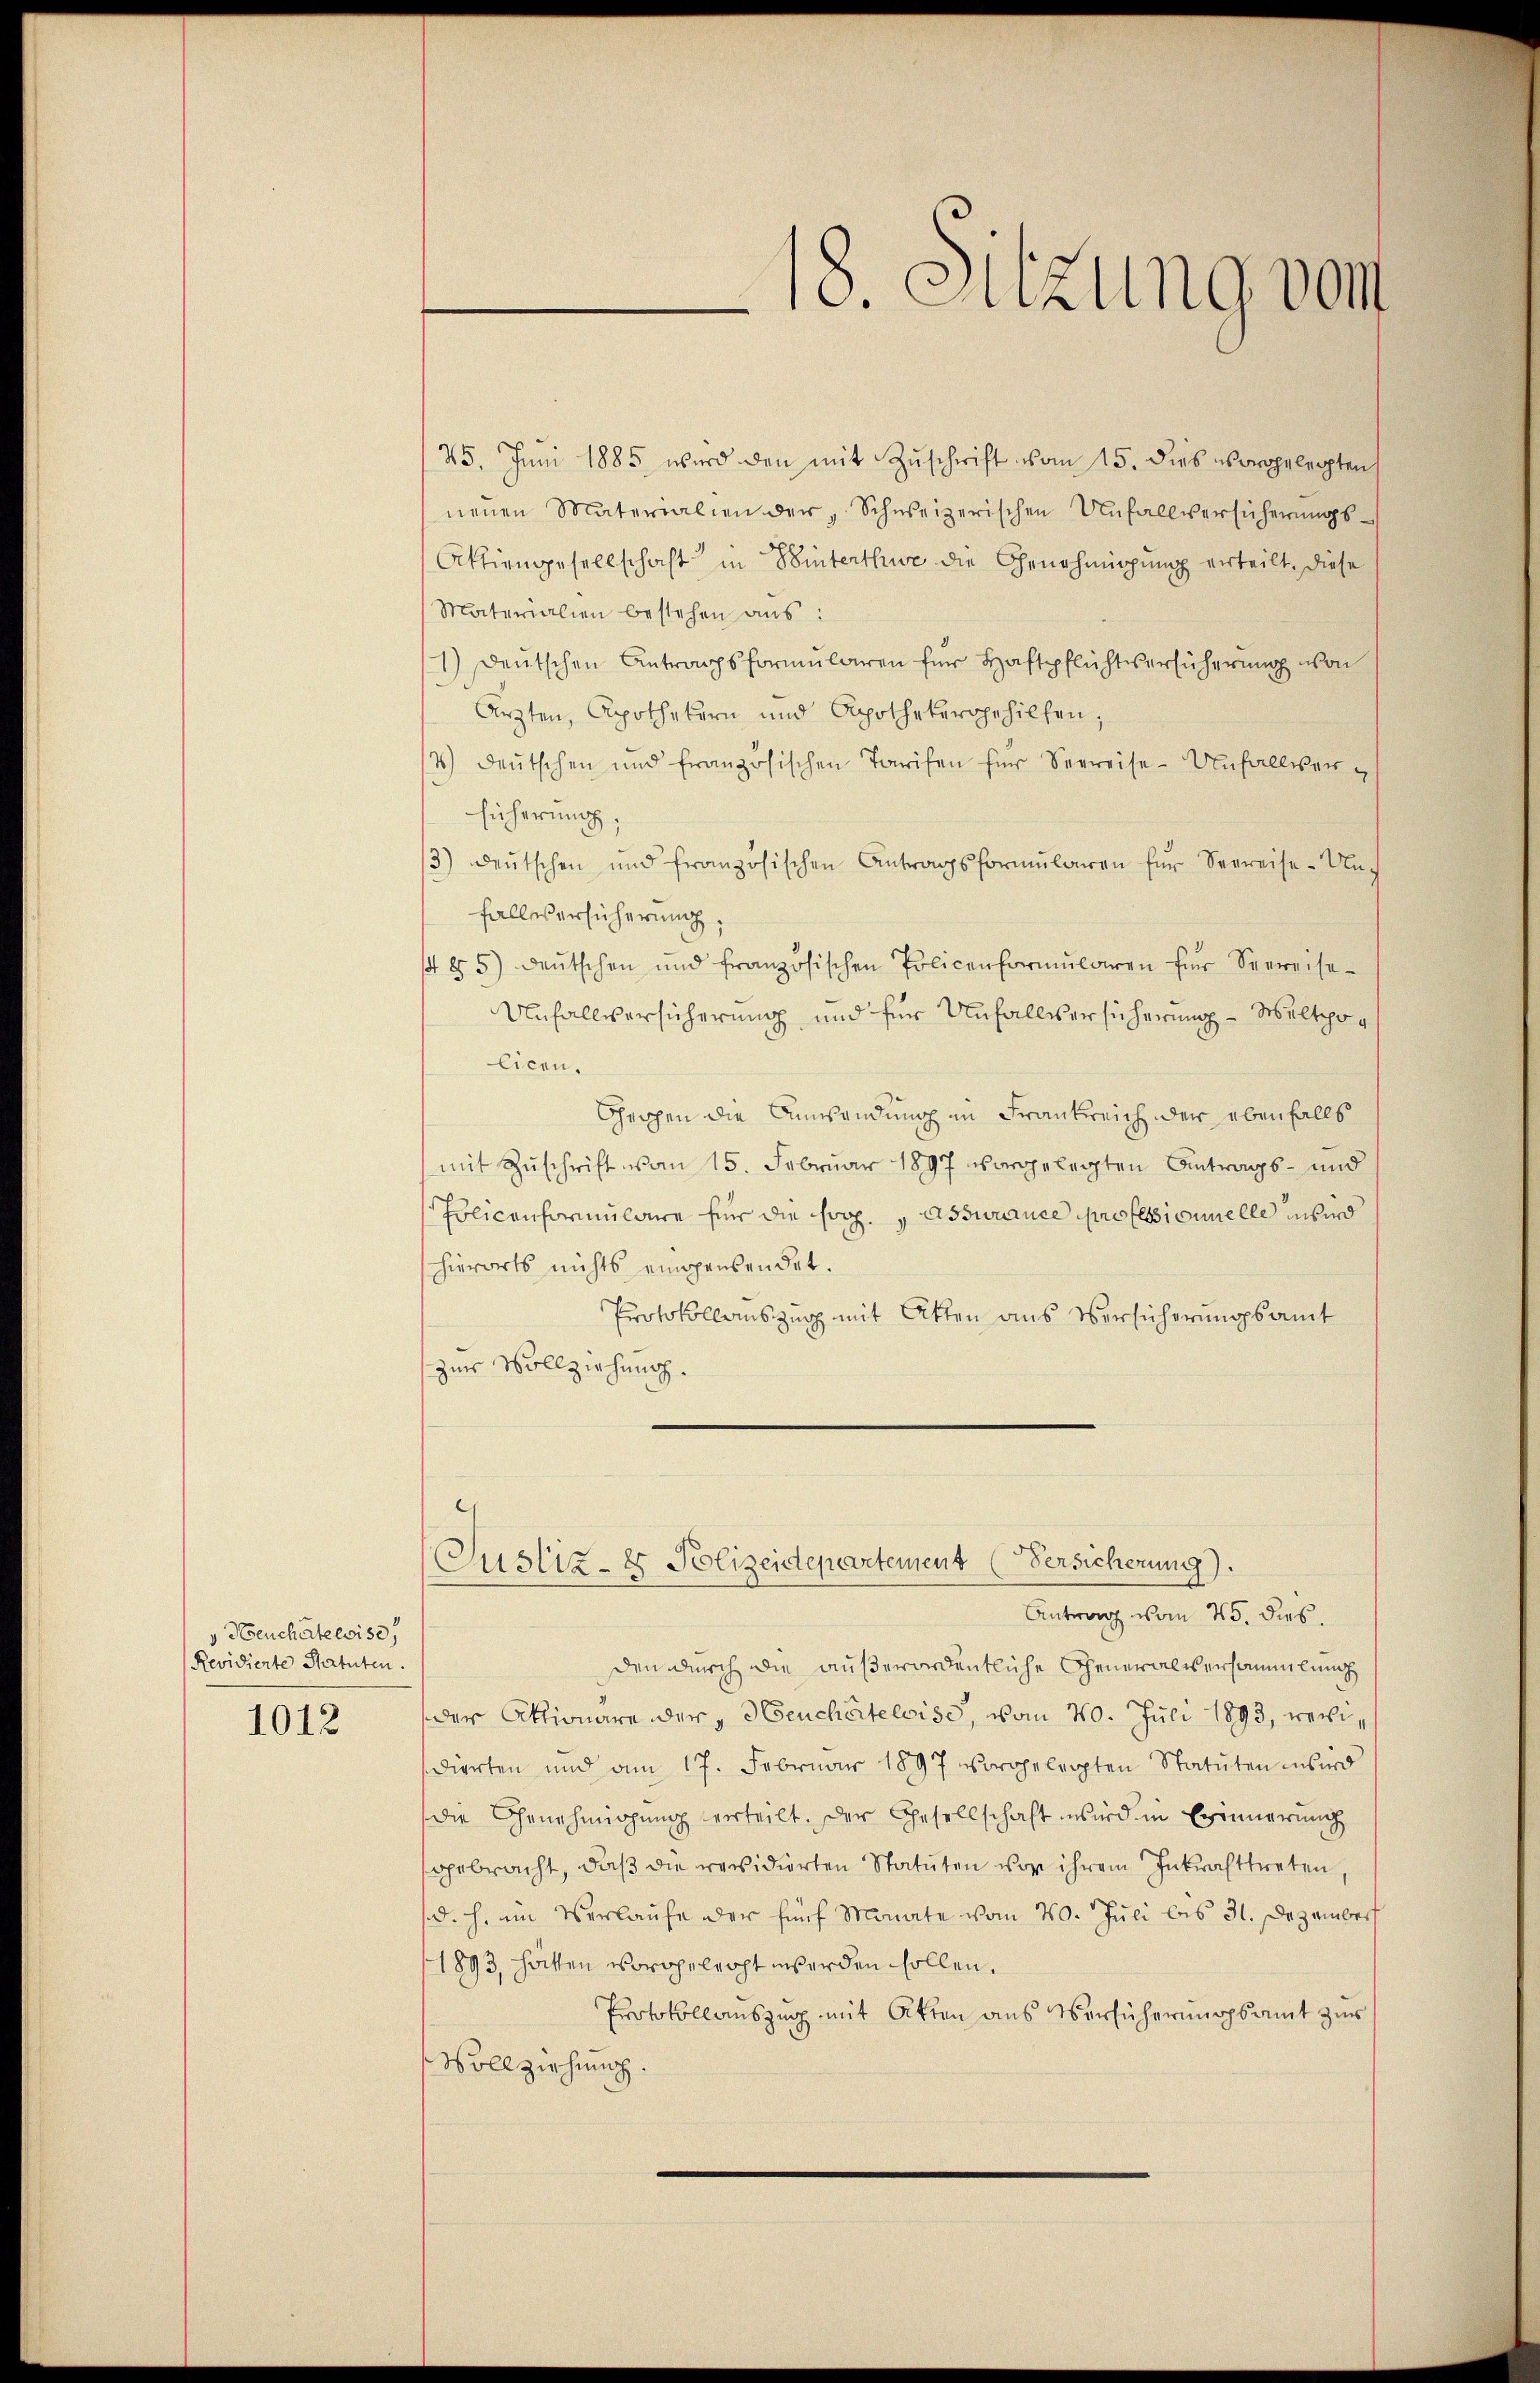
v Neuchâteloise,
Revidierte Statuten.

1012

18. Sitzung von

25. Jŭni 1885 wird den mit Zŭschrift vom 15. dies vorgelegten
nenen Materialien der "Schweizerischen Unfallversicherŭngs-
Aktiengesellschaft in Winterthur die Genehmigung erteilt, diese
Materialien bestehen aus:
1) Deutschen Antragsformularen für Haftpflichtversicherung von
Ärzten, Apothekern und Apothekergehilfen;
4) deŭtschen und französischen Tarifen für Seereise-Unfallver-
Eicherung
3) Deutschen und französischen Antragsformŭlaren für Seereise-Un-
falles erführung,
85) deŭtschen und französischen Policenformŭlaren für Seereise
Unfallversicherung und für Unfallsersicherung - Weltpo¬
Cicen.
Cheichen die Anwendung in Frankreich der ebenfalls
mit Zŭschrift vom 15. Februar 1897 vorgelegten Antrags- und
Policenformulare für die rop. assurance professionnelle wird
hierorts nichts eingensendet.
Protokollauszug mit Atten aus Versicherungsamt
zur Vollziehung.
Justiz- & Polizeidepartement (Versicherung).
Antrag vom 25. dies.
den durch die außerordentliche Generalversammlung
der Aktionäre der, Heucherteloise, vom 20. Juli 1893, werdierten und am 17. Februar 1897 vorgelegten Statuten wird
die Genehmigung erteilt. Der Gesellschaft wird in Erinnerung
sgebracht, daß die revidierten Statuten vor ihrem Inkrafttreten,
(d. h. im Verlaufe der fünf Monate vom 20. Juli bis 31. Dezember
(1893, hätten vorgelecht werden sollen,
Protokollauszug mit Akten aus Versicherungsamt zur
Vollziehung.
.